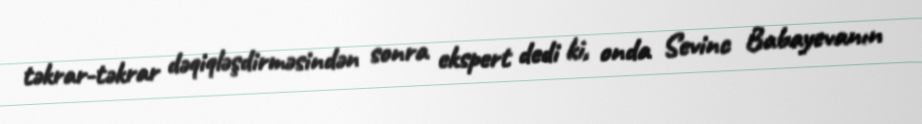
təkrar-təkrar dəqiqləşdirməsindən sonra ekspert dedi ki, onda Sevinc Babayevanın